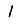
Digit: 1